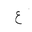
Letter: _ayn